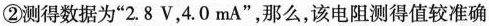
②测得数据为”2.8V，4.0mA”，那么，该电阻测得值较准确